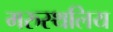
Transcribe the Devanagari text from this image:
मरुस्थलिय